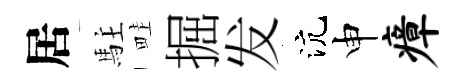
居駐畦掘发沆申瘴